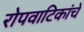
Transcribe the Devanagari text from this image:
रोपवाटिकांचे